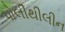
પોલીથીલીન